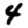
Digit: 4